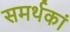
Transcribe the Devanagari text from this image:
समर्थकां